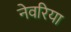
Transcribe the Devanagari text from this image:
नेवरिया